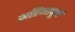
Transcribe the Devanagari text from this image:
महिमापूर्ण